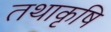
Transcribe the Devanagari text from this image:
तथाकृषि